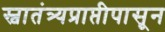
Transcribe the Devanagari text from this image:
स्वातंत्र्यप्राप्तीपासून